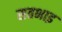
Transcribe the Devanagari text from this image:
सतभाइ